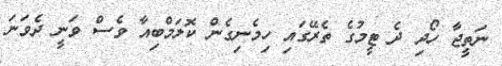
ނަތީޖާ ހޯދި ދެ ޓީމުގެ ތެރޭގައި ހިމެނިގެން ކޮލަމްބިއާ ވެސް ވަނީ ދެވަނަ